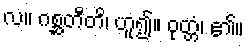
လ။ ဂစ္ဆတီတိ၊ ဟူ၍။ ဝုတ္တံ၊ ၏။